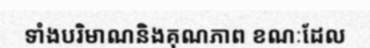
ទាំងបរិមាណនិងគុណភាព ខណៈដែល